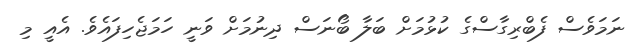
ނަމަވެސް ފެބްރިގާސްގެ ކުޅުމަށް ބަލާ ބޯނަސް ދިނުމަށް ވަނީ ހަމަޖެހިފައެވެ. އެއީ މި